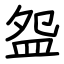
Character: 盌